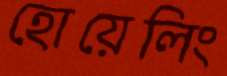
হোয়েলিং